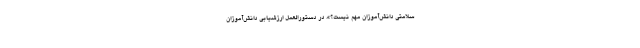
سلامتی دانش‌آموزان مهم نیست؟». در دستورالعمل ارزشیابی دانش‌آموزان